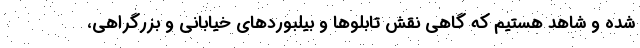
شده و شاهد هستیم که گاهی نقش تابلوها و بیلبوردهای خیابانی و بزرگراهی،